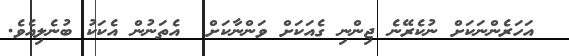
އަހަރެންނަކަށް ނުކެރޭނެ ޖިންނި ގެއަކަށް ވަންނާކަށް  އެތަނުން އެކަކު ބުނެލިއެވެ.